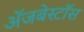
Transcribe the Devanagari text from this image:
ॲजबेस्टॉस